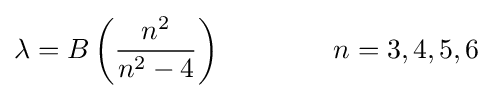
\lambda =B\left({\frac {n^{2}}{n^{2}-4}}\right)\qquad \qquad n=3,4,5,6